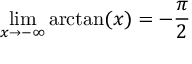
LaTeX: \operatorname* { l i m } _ { x \rightarrow - \infty } \arctan ( x ) = - { \frac { \pi } { 2 } }